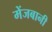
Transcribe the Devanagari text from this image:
मेंजबानी